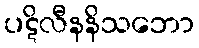
ပဋိလီနနိသဘော